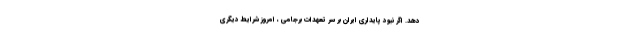
دهد. اگر نبود پايداري ايران بر سر تعهدات برجامي ، امروز شرايط ديگري